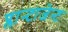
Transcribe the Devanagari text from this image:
प्लान्टाजेन्ट